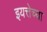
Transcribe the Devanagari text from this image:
इयत्तेच्या